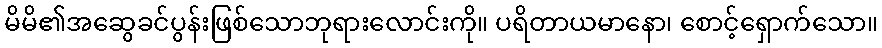
မိမိ၏အဆွေခင်ပွန်းဖြစ်သောဘုရားလောင်းကို။ ပရိတာယမာနော၊ စောင့်ရှောက်သော။